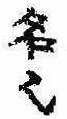
名也